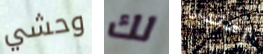
وحشي لك إمتداد